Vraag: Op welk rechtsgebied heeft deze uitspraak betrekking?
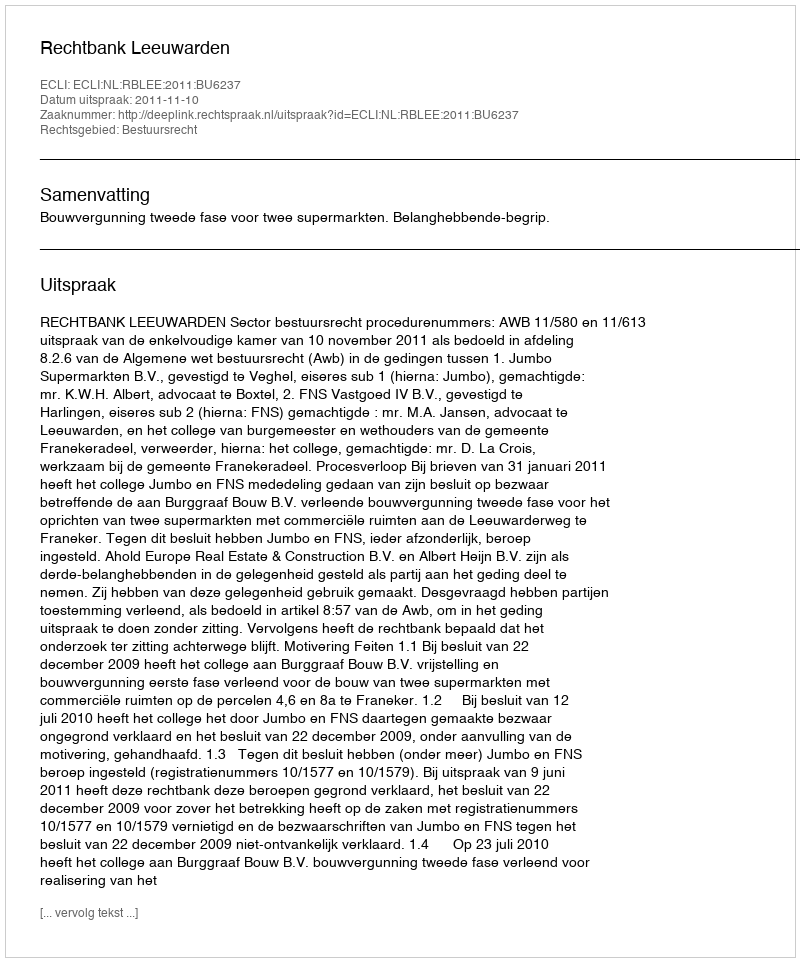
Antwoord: Bestuursrecht